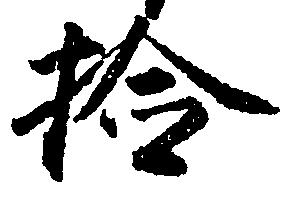
検